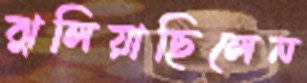
ঝুলিয়াছিলেন